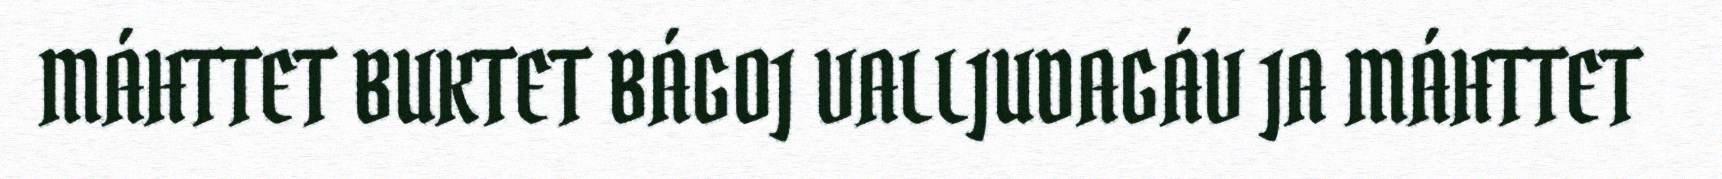
MÁHTTET BUKTET BÁGOJ VALLJUDAGÁV JA MÁHTTET